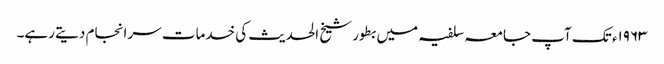
۱۹۶۳ء تک آپ جامعہ سلفیہ میں بطور شیخ الحدیث کی خدمات سرانجام دیتے رہے۔